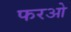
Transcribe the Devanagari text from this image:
फरओ